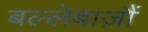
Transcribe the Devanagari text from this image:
बल्लेबाज़ौं